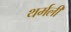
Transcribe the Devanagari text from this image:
थर्मली